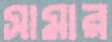
সামার